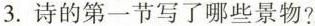
3. 诗的第一节写了哪些景物?